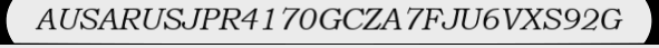
AUSARUSJPR4170GCZA7FJU6VXS92G